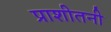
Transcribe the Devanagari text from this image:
प्राशीतनी